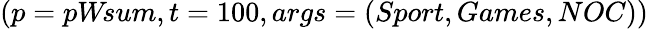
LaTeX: (p=pW\! sum,t=100,args=(Sport,Games,NOC))